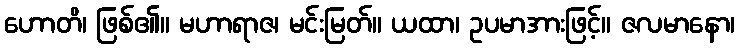
ဟောတိ၊ ဖြစ်၏။ မဟာရာဇ၊ မင်းမြတ်။ ယထာ၊ ဥပမာအားဖြင့်။ ဇလမာနော၊